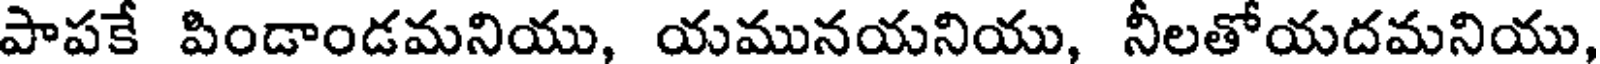
పాపకే పిండాండమనియు, యమునయనియు, నీలతోయదమనియు,